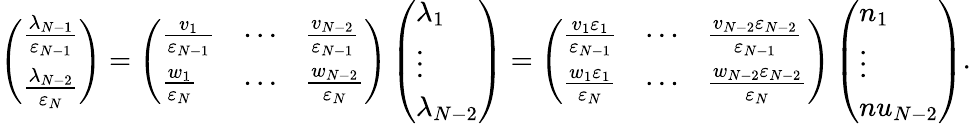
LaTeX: \left(\begin{array}{l}{\frac{\lambda_{N-1}}{\varepsilon_{N-1}}}\\ {\frac{\lambda_{N-2}}{\varepsilon_{N}}}\end{array}\right)=\left(\begin{array}{lll}{\frac{v_{1}}{\varepsilon_{N-1}}}&{\cdots}&{\frac{v_{N-2}}{\varepsilon_{N-1}}}\\ {\frac{w_{1}}{\varepsilon_{N}}}&{\cdots}&{\frac{w_{N-2}}{\varepsilon_{N}}}\end{array}\right)\left(\begin{array}{l}{\lambda_{1}}\\ {\vdots}\\ {\lambda_{N-2}}\end{array}\right)=\left(\begin{array}{lll}{\frac{v_{1}\varepsilon_{1}}{\varepsilon_{N-1}}}&{\cdots}&{\frac{v_{N-2}\varepsilon_{N-2}}{\varepsilon_{N-1}}}\\ {\frac{w_{1}\varepsilon_{1}}{\varepsilon_{N}}}&{\cdots}&{\frac{w_{N-2}\varepsilon_{N-2}}{\varepsilon_{N}}}\end{array}\right)\left(\begin{array}{l}{n_{1}}\\ {\vdots}\\ {nu_{N-2}}\end{array}\right).